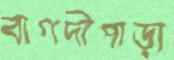
বাগদীপাড়া